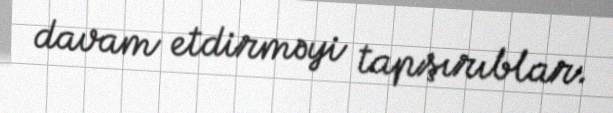
davam etdirməyi tapşırıblar.